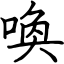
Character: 喚